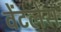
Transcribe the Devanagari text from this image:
वेंटलेस